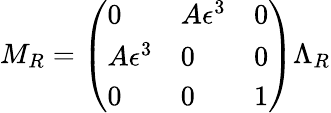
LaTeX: M_{R}=\left(\begin{array}{lll}{{0}}&{{A\epsilon^{3}}}&{{0}}\\ {{A\epsilon^{3}}}&{{0}}&{{0}}\\ {{0}}&{{0}}&{{1}}\end{array}\right)\Lambda_{R}